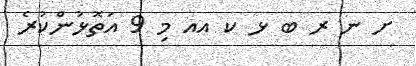
ށ ނ ރ ބ ޅ ކ އއ މި 9 އަތޮޅުންކުރެ